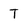
Character: T